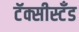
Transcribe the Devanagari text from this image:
टॅक्सीस्टँड